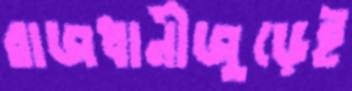
রাজধানীজুড়েই